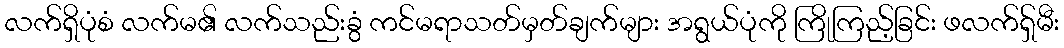
လက်ရှိပုံစံ လက်မ၏ လက်သည်းခွံ ကင်မရာသတ်မှတ်ချက်များ အရွယ်ပုံကို ကြိုကြည့်ခြင်း ဖလက်ရှ်မီး